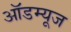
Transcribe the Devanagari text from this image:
ऑडम्यूज